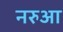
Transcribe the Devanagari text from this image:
नरुआ